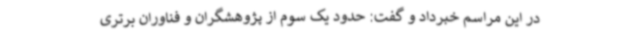
در این مراسم خبرداد و گفت: حدود یک سوم از پژوهشگران و فناوران برتری